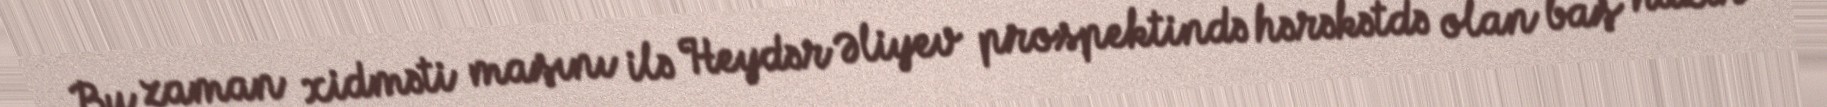
Bu zaman xidməti maşını ilə Heydər Əliyev prospektində hərəkətdə olan baş nazir